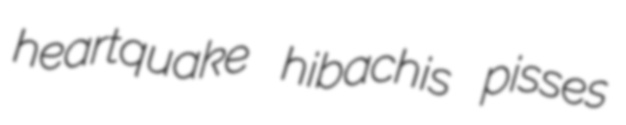
heartquake hibachis pisses